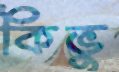
কিভু